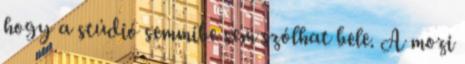
hogy a stúdió semmibe sem szólhat bele. A mozi